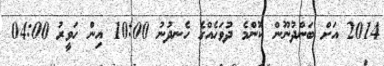
2014 އަށް ބަންދުނޫން ކޮންމެ ދުވަހެއްގެ ހެނދުނު 10:00 އިން ހަވީރު 04:00